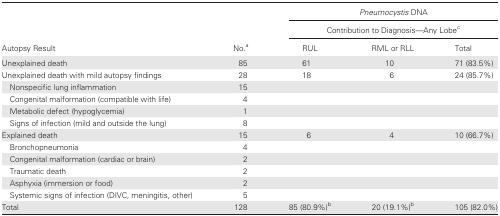
<table><thead><tr><td rowspan="2" colspan="2"></td><td colspan="3"><b><i>Pneumocystis</i> DNA</b></td></tr><tr><td colspan="3"><b>Contribution to Diagnosis—AnyLobe<sup>c</sup></b></td></tr><tr><td><b>Autopsy Result</b></td><td><b>No.<sup>a</sup></b></td><td><b>RUL</b></td><td><b>RML or RLL</b></td><td><b>Total</b></td></tr></thead><tbody><tr><td>Unexplained death</td><td>85</td><td>61</td><td>10</td><td>71 (83.5%)</td></tr><tr><td>Unexplained death with mild autopsy findings</td><td>28</td><td>18</td><td>6</td><td>24 (85.7%)</td></tr><tr><td> Nonspecific lung inflammation</td><td>15</td><td></td><td></td><td></td></tr><tr><td> Congenital malformation (compatible with life)</td><td>4</td><td></td><td></td><td></td></tr><tr><td> Metabolic defect (hypoglycemia)</td><td>1</td><td></td><td></td><td></td></tr><tr><td> Signs of infection (mild and outside the lung)</td><td>8</td><td></td><td></td><td></td></tr><tr><td>Explained death</td><td>15</td><td>6</td><td>4</td><td>10 (66.7%)</td></tr><tr><td> Bronchopneumonia</td><td>4</td><td></td><td></td><td></td></tr><tr><td> Congenital malformation (cardiac or brain)</td><td>2</td><td></td><td></td><td></td></tr><tr><td> Traumatic death</td><td>2</td><td></td><td></td><td></td></tr><tr><td> Asphyxia (immersion or food)</td><td>2</td><td></td><td></td><td></td></tr><tr><td> Systemic signs of infection (DIVC, meningitis, other)</td><td>5</td><td></td><td></td><td></td></tr><tr><td>Total</td><td>128</td><td>85 (80.9%)<sup>b</sup></td><td>20 (19.1%)<sup>b</sup></td><td>105 (82.0%)</td></tr></tbody></table>